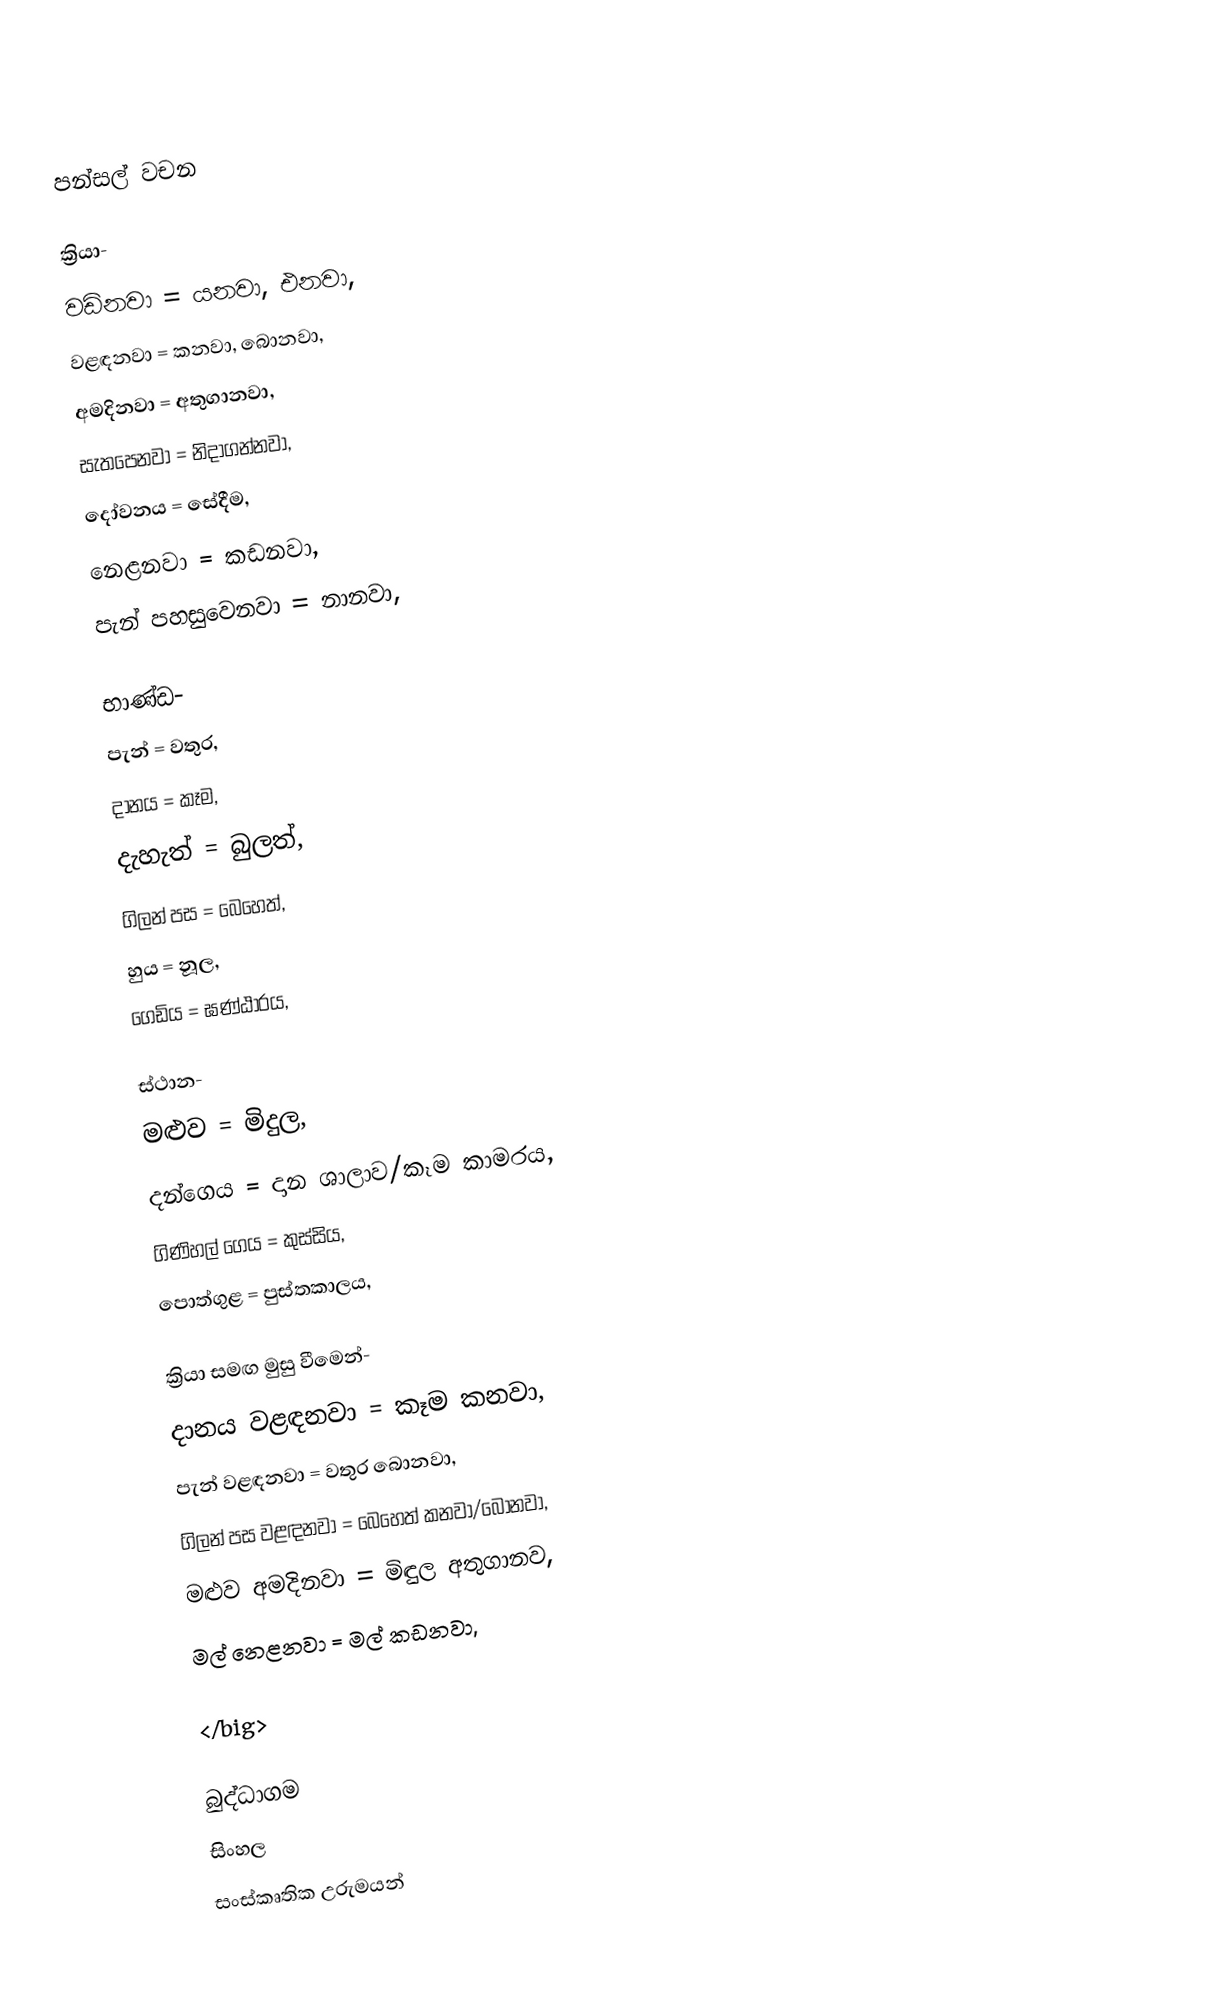
පන්සල් වචන

ක්‍රියා-
වඩිනවා = යනවා, එනවා,
වළඳනවා = කනවා, බොනවා,
අමදිනවා = අතුගානවා,
සැතපෙනවා = නිදාගන්නවා,
දෝවනය = සේදීම,
නෙළනවා = කඩනවා,
පැන් පහසුවෙනවා = නානවා,

භාණ්ඩ-
පැන් = වතුර,
දානය = කෑම,
දැහැත්  = බුලත්,
ගිලන් පස = බෙහෙත්,
හුය = නූල,
ගෙඩිය = ඝණ්ඨාරය,

ස්ථාන-
මළුව = මිදුල,
දන්ගෙය = දාන ශාලාව/කෑම කාමරය,
ගිණිහල් ගෙය = කුස්සිය,
පොත්ගුළ = පුස්තකාලය,

ක්‍රියා සමඟ මුසු වීමෙන්-
දානය වළඳනවා = කෑම කනවා,
පැන් වළඳනවා = වතුර බොනවා,
ගිලන් පස වළඳනවා = බෙහෙත් කනවා/බොනවා,
මළුව අමදිනවා = මිඳුල අතුගානව,
මල් නෙළනවා = මල් කඩනවා,

</big>

බුද්ධාගම
සිංහල
සංස්කෘතික උරුමයන්